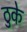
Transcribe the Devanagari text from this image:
ठुके